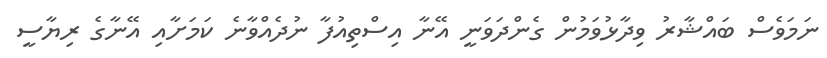
ނަމަވެސް ބައްޝާރު ވިދާޅުވަމުން ގެންދަވަނީ އޭނާ އިސްތިއުފާ ނުދެއްވާނެ ކަމަށާއި އޭނާގެ ރިޔާސީ